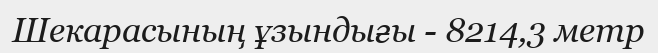
Шекарасының ұзындығы - 8214,3 метр